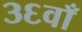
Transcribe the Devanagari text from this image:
३६वाँ